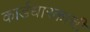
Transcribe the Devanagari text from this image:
कार्डधारकाची